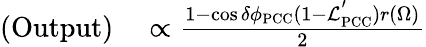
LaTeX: \begin{array}{rl}{\mathrm{(Output)}}&{{}\propto\frac{1-\cos\delta\phi_{\mathrm{PCC}}(1-\mathcal{L}_{\mathrm{PCC}}^{'})r(\Omega)}{2}}\end{array}